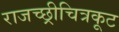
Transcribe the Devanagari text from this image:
राजच्छ्रीचित्रकूट